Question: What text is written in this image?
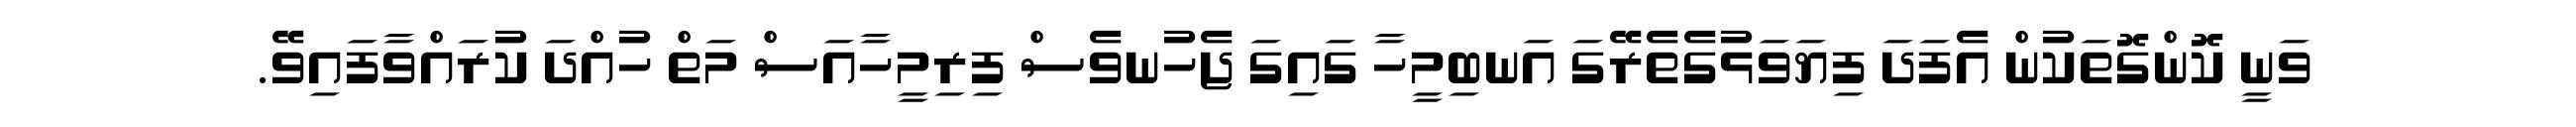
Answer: ވަނީ ކޮންގޮތަކުން އެފަދަ ފިޔަވަޅުގެތެރޭގަ އަނބިމީހާ ގައިގަ ޖެހުނވެސް ފިރިމީހާއަސް މަތް ހުއްދަ ކުރައްވާފައިވޭ.